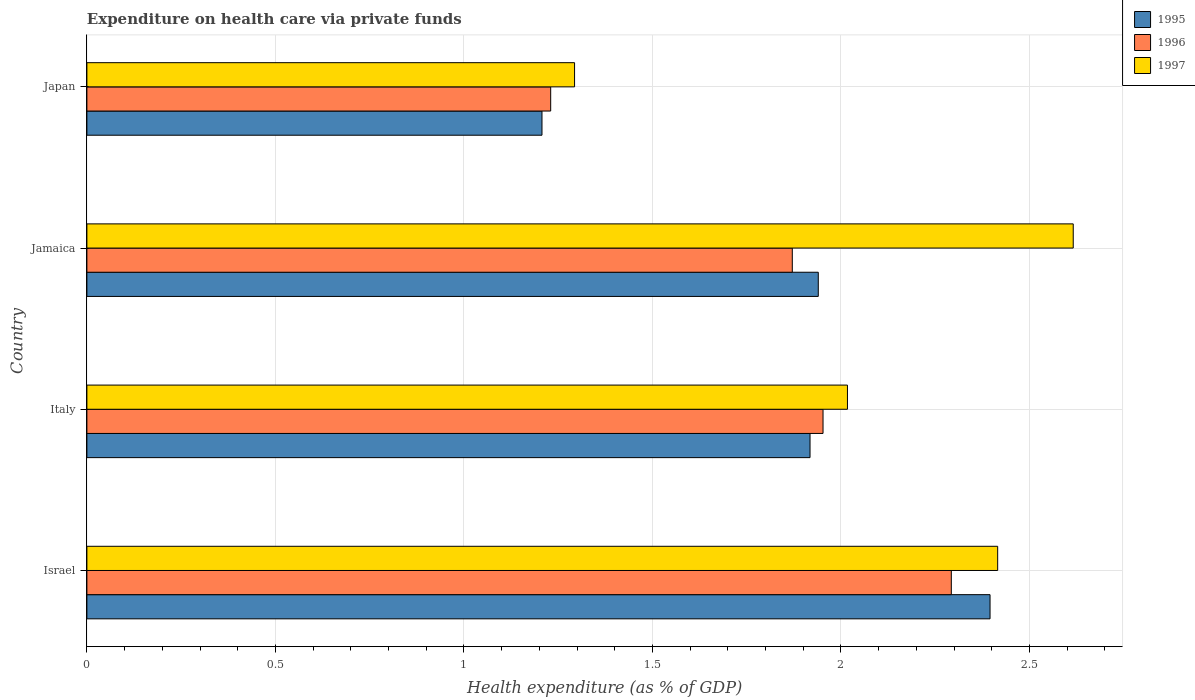
| Country | 1995 | 1996 | 1997 |
 | --- | --- | --- | --- |
 | Israel | 2.4 | 2.29 | 2.42 |
 | Italy | 1.92 | 1.95 | 2.02 |
 | Jamaica | 1.94 | 1.87 | 2.62 |
 | Japan | 1.21 | 1.23 | 1.29 |